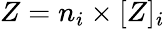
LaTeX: Z=n_{i}\times[Z]_{i}